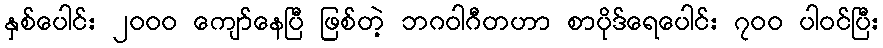
နှစ်ပေါင်း ၂၀၀၀ ကျော်နေပြီ ဖြစ်တဲ့ ဘဂဝါဂီတဟာ စာပိုဒ်ရေပေါင်း ၇၀၀ ပါဝင်ပြီး